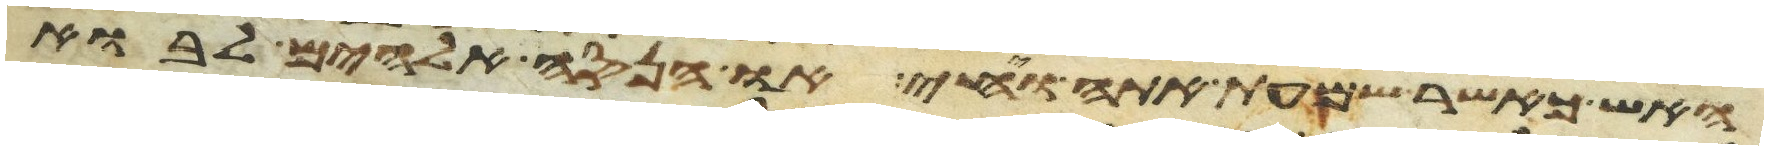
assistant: האש כאשר שמעת אתה ויחי או הנסה אלהים לבוא